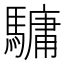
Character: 𩥻